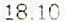
18.10